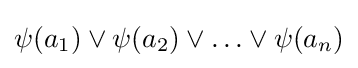
\psi (a_{1})\vee \psi (a_{2})\vee \ldots \vee \psi (a_{n})